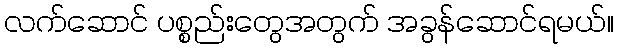
လက်ဆောင် ပစ္စည်းတွေအတွက် အခွန်ဆောင်ရမယ်။